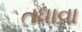
તધાવા